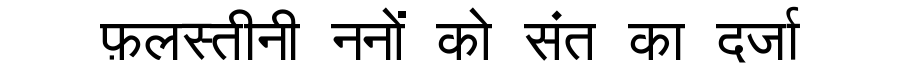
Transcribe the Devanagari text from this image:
फ़लस्तीनी ननों को संत का दर्जा